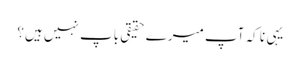
یہی نا کہ آپ میرے حقیقی باپ نہیں ہیں؟